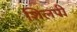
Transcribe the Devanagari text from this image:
शिलपी